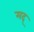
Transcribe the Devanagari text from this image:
मद्